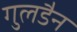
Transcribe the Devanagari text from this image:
गुलडैन